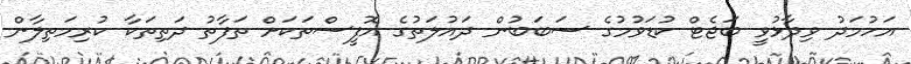
އަހުމަދު ވިދާޅުވީ ބަޖެޓް ކުޑަވުމުގެ ސަބަބުން ދައުލަތުގެ އޮފީސްތަކަށް ތަފާތު ދަތިތަކާ ކުރިމަތިލާން